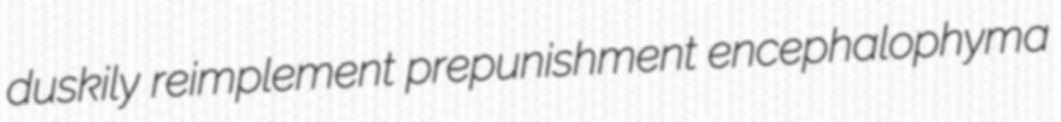
duskily reimplement prepunishment encephalophyma